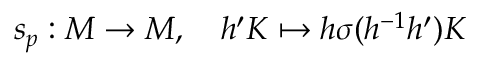
s _ { p } : M \to M , \quad h ^ { \prime } K \mapsto h \sigma ( h ^ { - 1 } h ^ { \prime } ) K